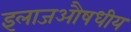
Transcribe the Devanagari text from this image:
इलाजऔषधीय